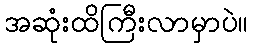
အဆုံးထိကြီးလာမှာပဲ။